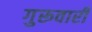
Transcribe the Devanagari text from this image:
गुरूवारी